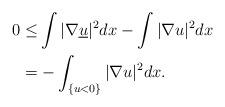
LaTeX: \begin{align*}0\le&\int|\nabla\underline{u}|^2dx-\int|\nabla u|^2dx\\ =&-\int_{\{u<0\}}|\nabla u|^2dx.\end{align*}